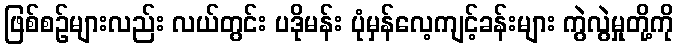
ဖြစ်စဉ်များလည်း လယ်တွင်း ပဒိုမန်း ပုံမှန်လေ့ကျင့်ခန်းများ ကွဲလွဲမှုတို့ကို